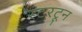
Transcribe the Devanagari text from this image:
रटरटून